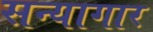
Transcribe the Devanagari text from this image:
सन्यागार